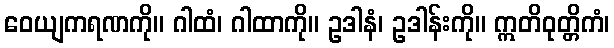
ဝေယျကရဏကို။ ဂါထံ၊ ဂါထာကို။ ဥဒါနံ၊ ဥဒါန်းကို။ ဣတိဝုတ္တိကံ၊